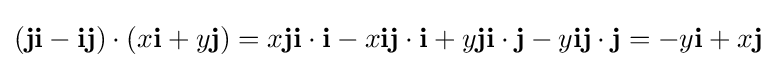
(\mathbf {ji} -\mathbf {ij} )\cdot (x\mathbf {i} +y\mathbf {j} )=x\mathbf {ji} \cdot \mathbf {i} -x\mathbf {ij} \cdot \mathbf {i} +y\mathbf {ji} \cdot \mathbf {j} -y\mathbf {ij} \cdot \mathbf {j} =-y\mathbf {i} +x\mathbf {j}